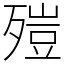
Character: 㱯